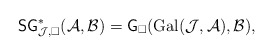
\begin{align*}\mathsf{SG}^\ast_{\mathcal J, \square}(\mathcal A, \mathcal B) = \mathsf G_\square(\mathrm{Gal}(\mathcal J,\mathcal A), \mathcal B),\end{align*}